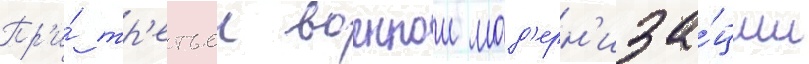
Пр'и́ тр'етьеи военнои мод'ерн'иза́ции